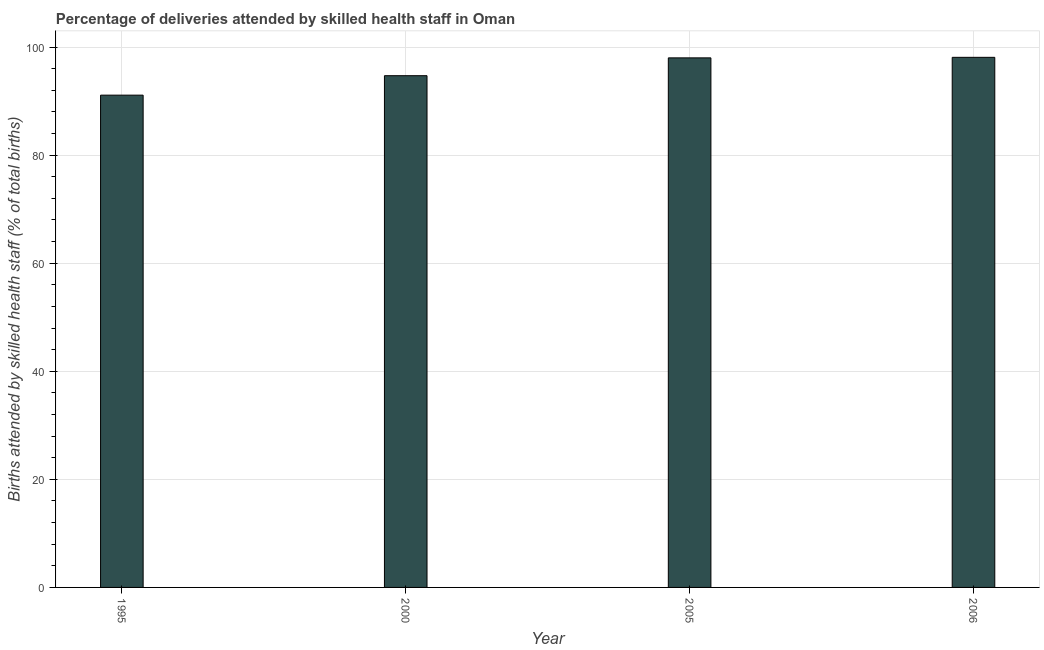
| Year | Births attended by skilled health staff |
 | --- | --- |
 | 1995 | 91.1 |
 | 2000 | 94.7 |
 | 2005 | 98 |
 | 2006 | 98.1 |